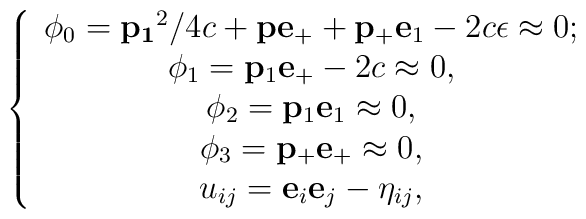
\left\{\begin{array}{c}\phi_0={\bf p_1}^2/4c+{\bf p}{\bf e}_++{\bf p_+}{\bf e}_1-2c\epsilon\approx 0;\\\phi_1={\bf p}_1{\bf e}_+-2c\approx 0,\\\phi_2={\bf p}_1{\bf e}_1\approx 0,\\\phi_3={\bf p}_+{\bf e}_+\approx 0,\\u_{ij}={\bf e}_i{\bf e}_j-\eta_{ij},\end{array}\right.